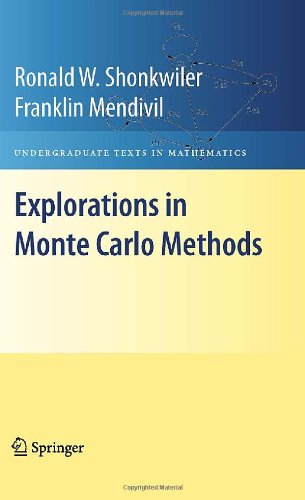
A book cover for Explorations in Monte Carlo Methods (Undergraduate Texts in Mathematics); Ronald W. Shonkwiler; Computers & Technology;